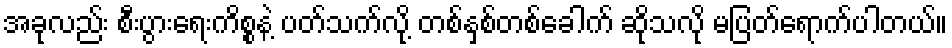
အခုလည်း စီးပွားရေးကိစ္စနဲ့ ပတ်သက်လို့ တစ်နှစ်တစ်ခေါက် ဆိုသလို မပြတ်ရောက်ပါတယ်။